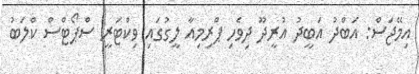
އިމޭޖަސް: އަބްދު އަބީދު އުރީދޫ ދިވެހި ޕްރިމިއާ ލީގުގައި ވިކްޓަރީ ސްޕޯޓްސް ކްލަބު